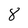
Character: 8